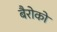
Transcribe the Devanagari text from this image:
बैरोको